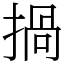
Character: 𢰸